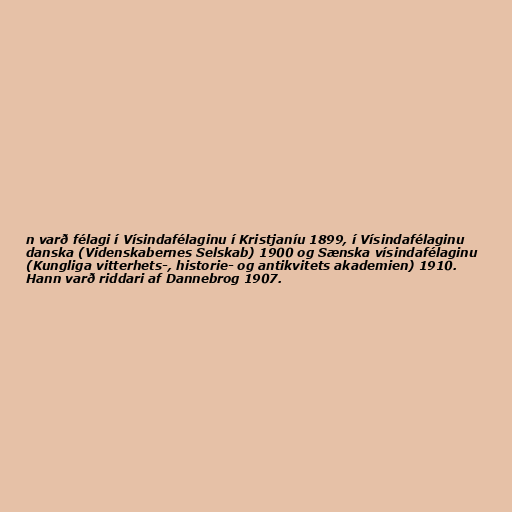
n varð félagi í Vísindafélaginu í Kristjaníu 1899, í Vísindafélaginu
danska (Videnskabernes Selskab) 1900 og Sænska vísindafélaginu
(Kungliga vitterhets-, historie- og antikvitets akademien) 1910.
Hann varð riddari af Dannebrog 1907.